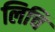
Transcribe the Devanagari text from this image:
लिचि